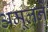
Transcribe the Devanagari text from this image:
अमूलने